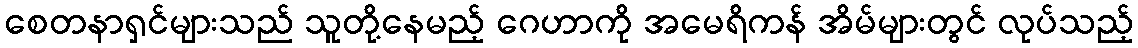
စေတနာရှင်များသည် သူတို့နေမည့် ဂေဟာကို အမေရိကန် အိမ်များတွင် လုပ်သည့်